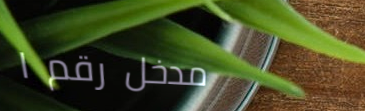
مدخل رقم ١